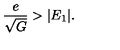
{ \frac { e } { \sqrt G } } > | E _ { 1 } | .